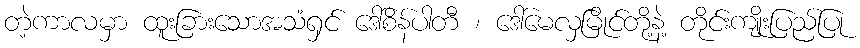
တဲ့ကာလမှာ ထူးခြားသောအသံရှင် ဒေါ်စိန်ပါတီ ၊ ဒေါ်မေလှမြိုင်တို့နဲ့ တိုင်းကျိုးပြည်ပြု